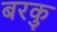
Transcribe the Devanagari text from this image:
बरकु